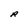
Character: R